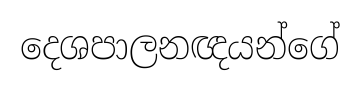
දෙශපාලනඥයන්ගේ